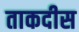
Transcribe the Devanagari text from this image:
ताकदीस